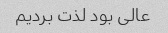
عالی بود لذت بردیم